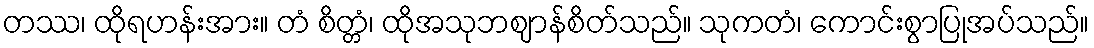
တဿ၊ ထိုရဟန်းအား။ တံ စိတ္တံ၊ ထိုအသုဘဈာန်စိတ်သည်။ သုကတံ၊ ကောင်းစွာပြုအပ်သည်။